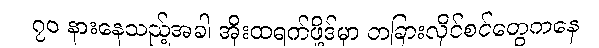
၇၀ နားနေသည့်အခါ အိုးထရက်ဖို့ဒ်မှာ တခြားလိုင်စင်တွေကနေ